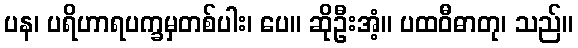
ပန၊ ပရိဟာရပက္ခမှတစ်ပါး၊ ပေ။ ဆိုဦးအံ့။ ပထဝီဓာတု၊ သည်။